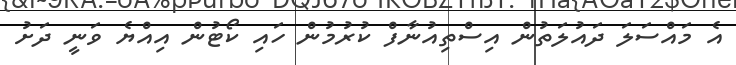
އެ މައްސަލަ ދައުލަތުން އިސްތިއުނާފް ކުރުމުން ހައި ކޯޓުން އިއްޔެ ވަނީ ދަށު